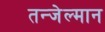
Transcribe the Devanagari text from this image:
तन्जेल्मान